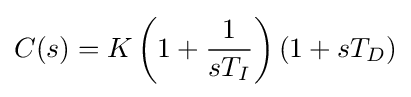
C(s)=K\left(1+{\frac {1}{sT_{I}}}\right)(1+sT_{D})